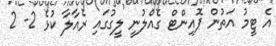
އެ ޓީމު އަތުން ޕޮއިންޓް ގެއްލުނީ ލީގުގައި ރެއާލާ ކުޅެ 2- 2